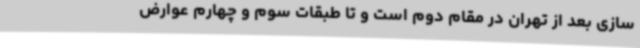
سازی بعد از تهران در مقام ‌دوم ‌است و تا طبقات سوم و چهارم عوارض